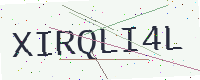
Text: XIRQLI4L